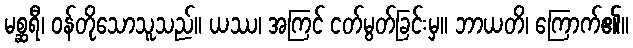
မစ္ဆရီ၊ ဝန်တိုသောသူသည်။ ယဿ၊ အကြင် ငတ်မွတ်ခြင်းမှ။ ဘာယတိ၊ ကြောက်၏။